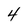
Character: 4